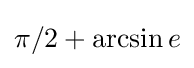
\pi /2+\operatorname {arcsin} e